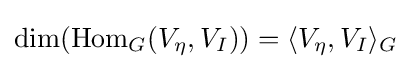
\dim({\text{Hom}}_{G}(V_{\eta },V_{I}))=\langle V_{\eta },V_{I}\rangle _{G}